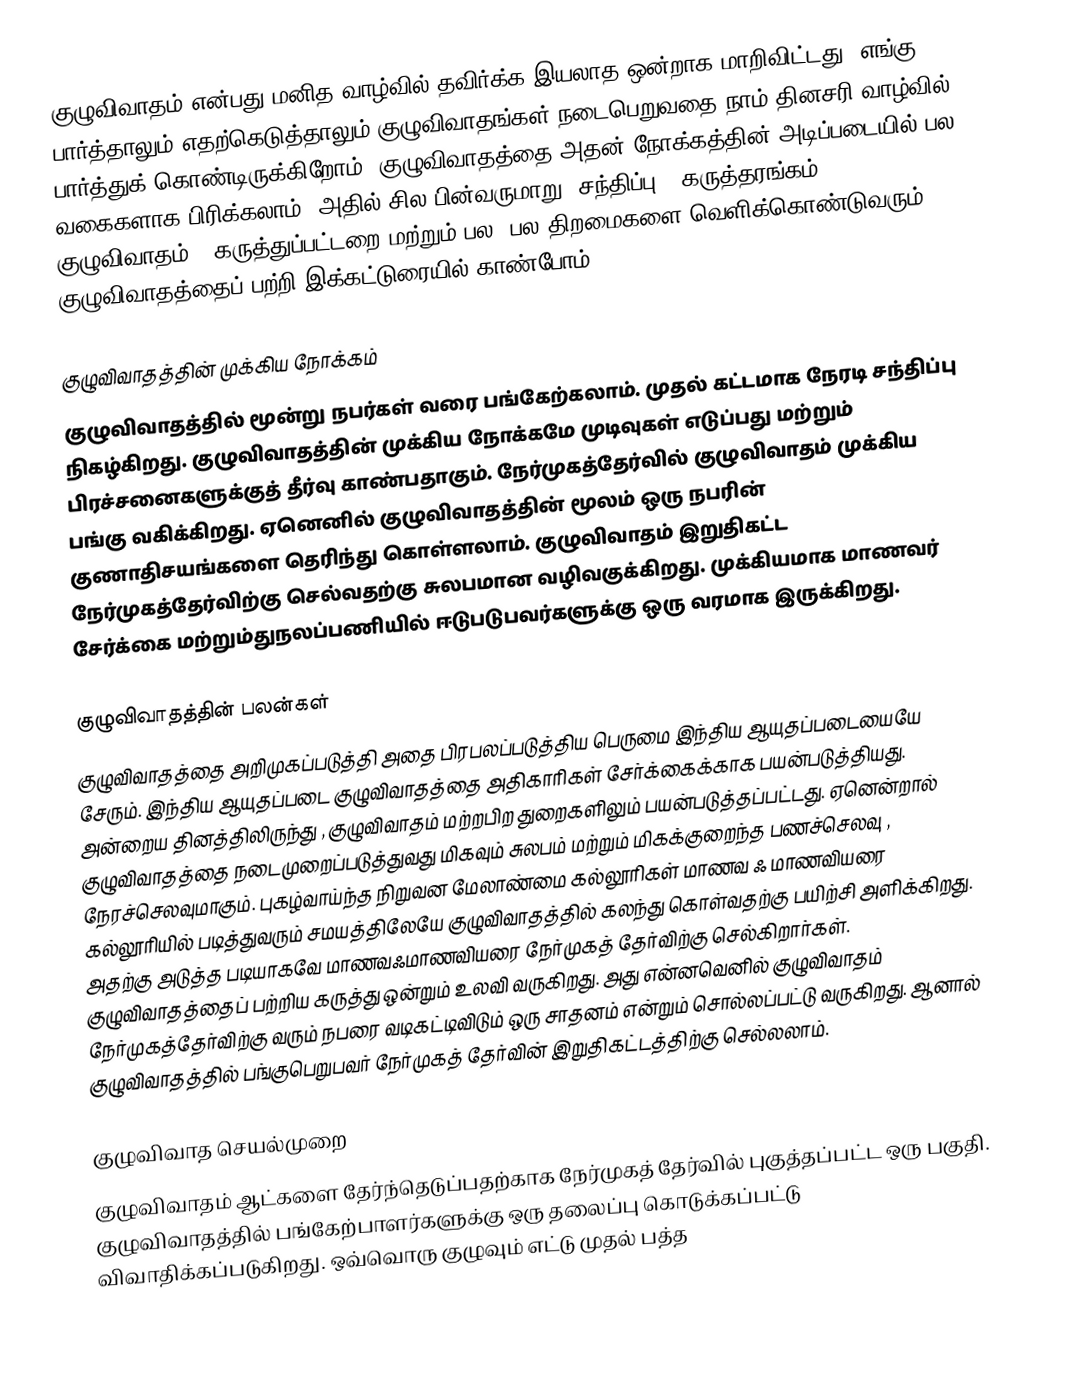
குழுவிவாதம் என்பது மனித வாழ்வில் தவிர்க்க இயலாத ஒன்றாக மாறிவிட்டது. எங்கு பார்த்தாலும் எதற்கெடுத்தாலும் குழுவிவாதங்கள் நடைபெறுவதை நாம் தினசரி வாழ்வில் பார்த்துக் கொண்டிருக்கிறோம். குழுவிவாதத்தை அதன் நோக்கத்தின் அடிப்படையில் பல வகைகளாக பிரிக்கலாம். அதில் சில பின்வருமாறு -சந்திப்பு , கருத்தரங்கம் , குழுவிவாதம் , கருத்துப்பட்டறை மற்றும் பல. பல திறமைகளை வெளிக்கொண்டுவரும் குழுவிவாதத்தைப் பற்றி இக்கட்டுரையில் காண்போம்.

குழுவிவாதத்தின் முக்கிய நோக்கம்
குழுவிவாதத்தில் மூன்று நபர்கள் வரை பங்கேற்கலாம். முதல் கட்டமாக நேரடி சந்திப்பு நிகழ்கிறது. குழுவிவாதத்தின் முக்கிய நோக்கமே முடிவுகள் எடுப்பது மற்றும் பிரச்சனைகளுக்குத் தீர்வு காண்பதாகும். நேர்முகத்தேர்வில் குழுவிவாதம் முக்கிய பங்கு வகிக்கிறது. ஏனெனில் குழுவிவாதத்தின் மூலம் ஒரு நபரின் குணாதிசயங்களை தெரிந்து கொள்ளலாம். குழுவிவாதம் இறுதிகட்ட நேர்முகத்தேர்விற்கு செல்வதற்கு சுலபமான வழிவகுக்கிறது. முக்கியமாக மாணவர் சேர்க்கை மற்றும்துநலப்பணியில் ஈடுபடுபவர்களுக்கு ஒரு வரமாக இருக்கிறது.

குழுவிவாதத்தின் பலன்கள்
குழுவிவாதத்தை அறிமுகப்படுத்தி அதை பிரபலப்படுத்திய பெருமை இந்திய ஆயுதப்படையையே சேரும். இந்திய ஆயுதப்படை குழுவிவாதத்தை அதிகாரிகள் சேர்க்கைக்காக பயன்படுத்தியது. அன்றைய தினத்திலிருந்து , குழுவிவாதம் மற்றபிற துறைகளிலும் பயன்படுத்தப்பட்டது. ஏனென்றால் குழுவிவாதத்தை நடைமுறைப்படுத்துவது மிகவும் சுலபம் மற்றும் மிகக்குறைந்த பணச்செலவு , நேரச்செலவுமாகும். புகழ்வாய்ந்த நிறுவன மேலாண்மை கல்லூரிகள் மாணவ ஃ மாணவியரை கல்லூரியில் படித்துவரும் சமயத்திலேயே குழுவிவாதத்தில் கலந்து கொள்வதற்கு பயிற்சி அளிக்கிறது. அதற்கு அடுத்த படியாகவே மாணவஃமாணவியரை நேர்முகத் தேர்விற்கு செல்கிறார்கள். குழுவிவாதத்தைப் பற்றிய கருத்து ஒன்றும் உலவி வருகிறது. அது என்னவெனில் குழுவிவாதம் நேர்முகத்தேர்விற்கு வரும் நபரை வடிகட்டிவிடும் ஒரு சாதனம் என்றும் சொல்லப்பட்டு வருகிறது. ஆனால் குழுவிவாதத்தில் பங்குபெறுபவர் நேர்முகத் தேர்வின் இறுதிகட்டத்திற்கு செல்லலாம்.

குழுவிவாத செயல்முறை
குழுவிவாதம் ஆட்களை தேர்ந்தெடுப்பதற்காக நேர்முகத் தேர்வில் புகுத்தப்பட்ட ஒரு பகுதி. குழுவிவாதத்தில் பங்கேற்பாளர்களுக்கு ஒரு தலைப்பு கொடுக்கப்பட்டு விவாதிக்கப்படுகிறது. ஒவ்வொரு குழுவும் எட்டு முதல் பத்த